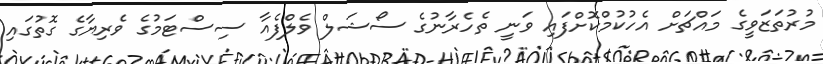
މުރުތަޒަވީގެ މައްޗަށް އެހުކުމްކޮށްފައި ވަނީ ތެހެރާނުގެ ސޯޝަލް ވެލްފެއާ ސިސްޓަމުގެ ވެރިޔާގެ ގޮތުގައި